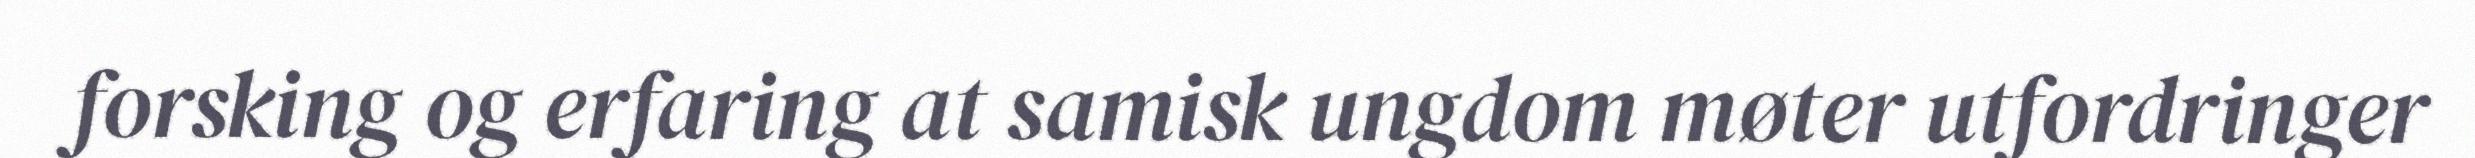
forsking og erfaring at samisk ungdom møter utfordringer